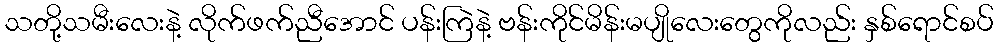
သတို့သမီးလေးနဲ့ လိုက်ဖက်ညီအောင် ပန်းကြဲနဲ့ ဗန်းကိုင်မိန်းမပျိုလေးတွေကိုလည်း နှစ်ရောင်စပ်